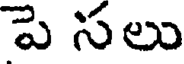
పె సలు